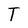
Character: T